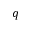
q